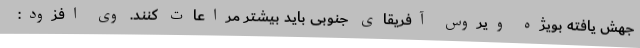
جهش یافته بویژه ویروس آفریقای جنوبی باید بیشتر مراعات کنند. وی افزود: